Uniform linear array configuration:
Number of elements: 48
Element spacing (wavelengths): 1
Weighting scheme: uniform
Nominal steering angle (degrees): -30
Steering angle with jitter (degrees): -31.965
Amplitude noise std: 0.05
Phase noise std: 0.05

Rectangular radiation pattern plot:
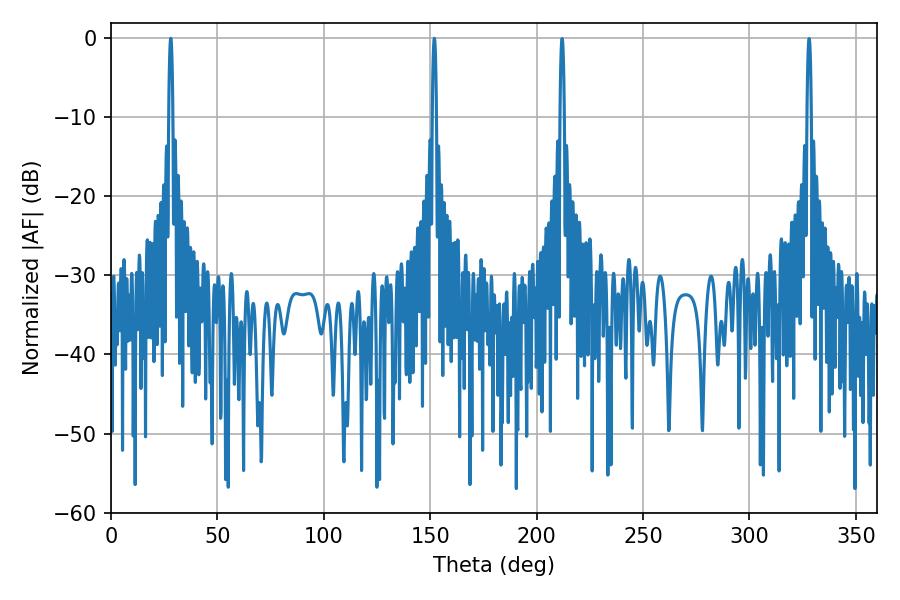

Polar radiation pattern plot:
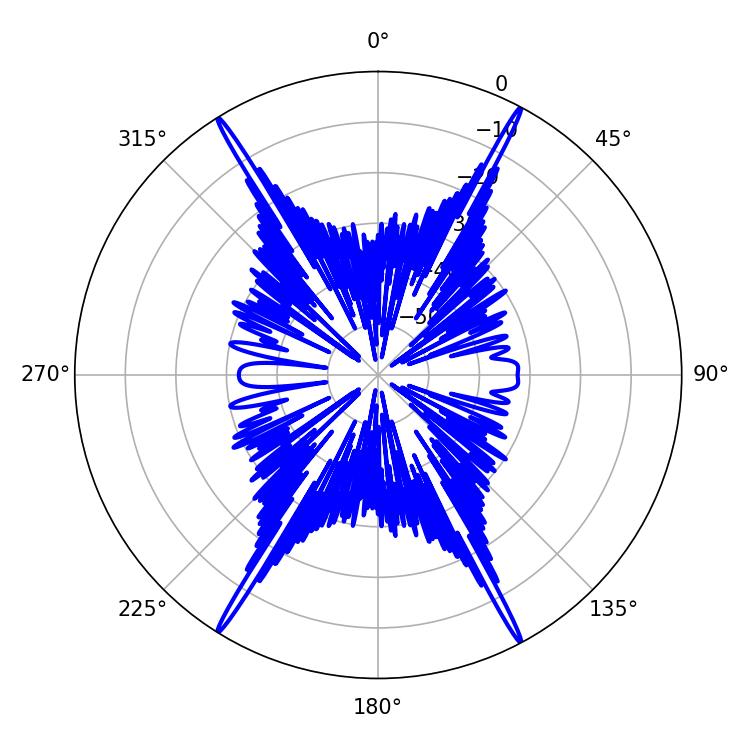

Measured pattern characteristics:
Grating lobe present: TRUE
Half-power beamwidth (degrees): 1.08
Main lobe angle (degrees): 28.08